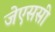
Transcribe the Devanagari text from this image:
जेएससी